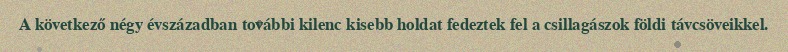
A következő négy évszázadban további kilenc kisebb holdat fedeztek fel a csillagászok földi távcsöveikkel.